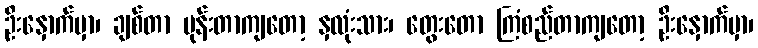
ဦးနှောက်မှာ၊ ချစ်တာ မုန်းတာကျတော့ နှလုံးသား၊ တွေးတော ကြံစည်တာကျတော့ ဦးနှောက်မှာ၊